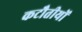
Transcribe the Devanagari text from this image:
कटौतीयों